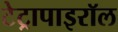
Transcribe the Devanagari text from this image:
टेट्रापाइरॉल